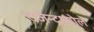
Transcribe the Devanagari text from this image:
राजेन्द्रश्चोल